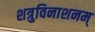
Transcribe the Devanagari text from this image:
शत्रुविनाशनम्